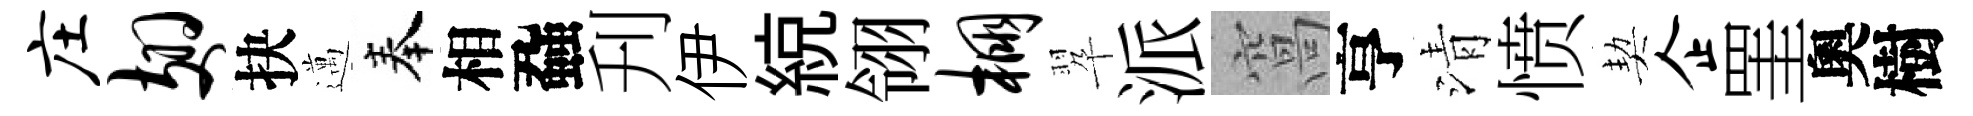
庄翅抉邁奉相蝨刋伊綂翎棚翆派窩亨清愤契企罣奧樹